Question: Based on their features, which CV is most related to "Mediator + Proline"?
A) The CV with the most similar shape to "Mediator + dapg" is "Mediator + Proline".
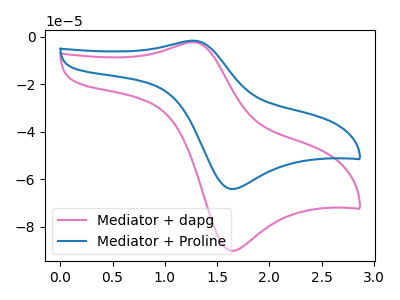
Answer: <think>The pink curve "Mediator + dapg" has an anodic peak at (1.25V, -2.25uA) and a cathodic peak at (1.65V, -90.00uA). The blue curve "Mediator + Proline" has an anodic peak at (1.25V, -1.60uA) and a cathodic peak at (1.65V, -64.00uA).
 All the peaks in "Mediator + dapg" have a peak in "Mediator + Proline" at the same potential.</think>
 <answer>A) The CV with the most similar shape to "Mediator + dapg" is "Mediator + Proline".</answer>
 <eval>A</eval>